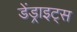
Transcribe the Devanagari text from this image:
डेंड्राइट्स